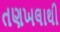
તણખલાથી